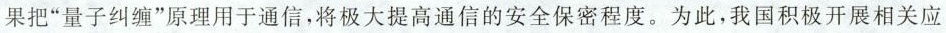
果把”量子纠缠”原理用于通信，将极大提高通信的安全保密程度。为此，我国积极开展相关应